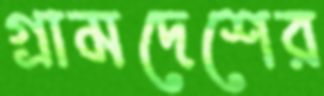
গ্রামদেশের